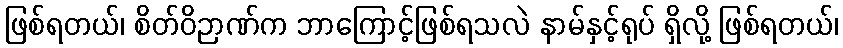
ဖြစ်ရတယ်၊ စိတ်ဝိဉာဏ်က ဘာကြောင့်ဖြစ်ရသလဲ နာမ်နှင့်ရုပ် ရှိလို့ ဖြစ်ရတယ်၊